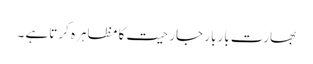
بھارت باربار جارحیت کا مظاہرہ کرتاہے ۔